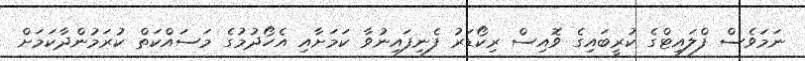
ނަމަވެސް ފްލައިޓްގެ ކުރީބައިގެ ވޮއިސް ރިކޯޑަރު ފެނިފައިނުވާ ކަމަށާއި އެހޯދުމުގެ މަސައްކަތް ކުރަމުންދާކަމަށް